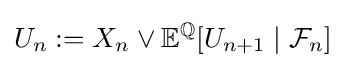
U_{n}:=X_{n}\lor \mathbb {E} ^{\mathbb {Q} }[U_{n+1}\mid {\mathcal {F}}_{n}]